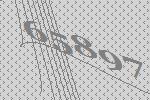
65897